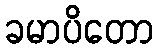
ခမာပိတော